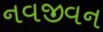
નવજીવન